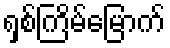
ရှစ်ကြိမ်မြောက်